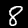
Digit: 8